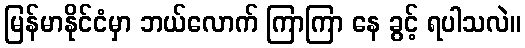
မြန်မာနိုင်ငံမှာ ဘယ်လောက် ကြာကြာ နေ ခွင့် ရပါသလဲ။